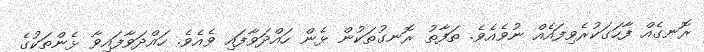
ރޮނގެއް ފާހަގަކުރެވިފައެއް ނުވެއެވެ. ތަފާތު ރޮނގުތަކުން ޅެން ހައްދަވާފައި ވެއެވެ. ހައްދަވާފައިވާ ޅެންތަކުގެ